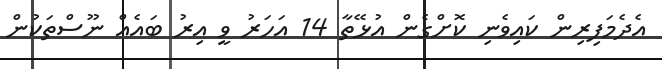
އެދެމަފިރިން ކައިވެނި ކޮށްގެން އުޅޭތާ 14 އަހަރު ވީ އިރު ބައެއް ނޫސްތަކުން